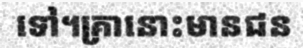
ទៅ។គ្រានោះមានជន